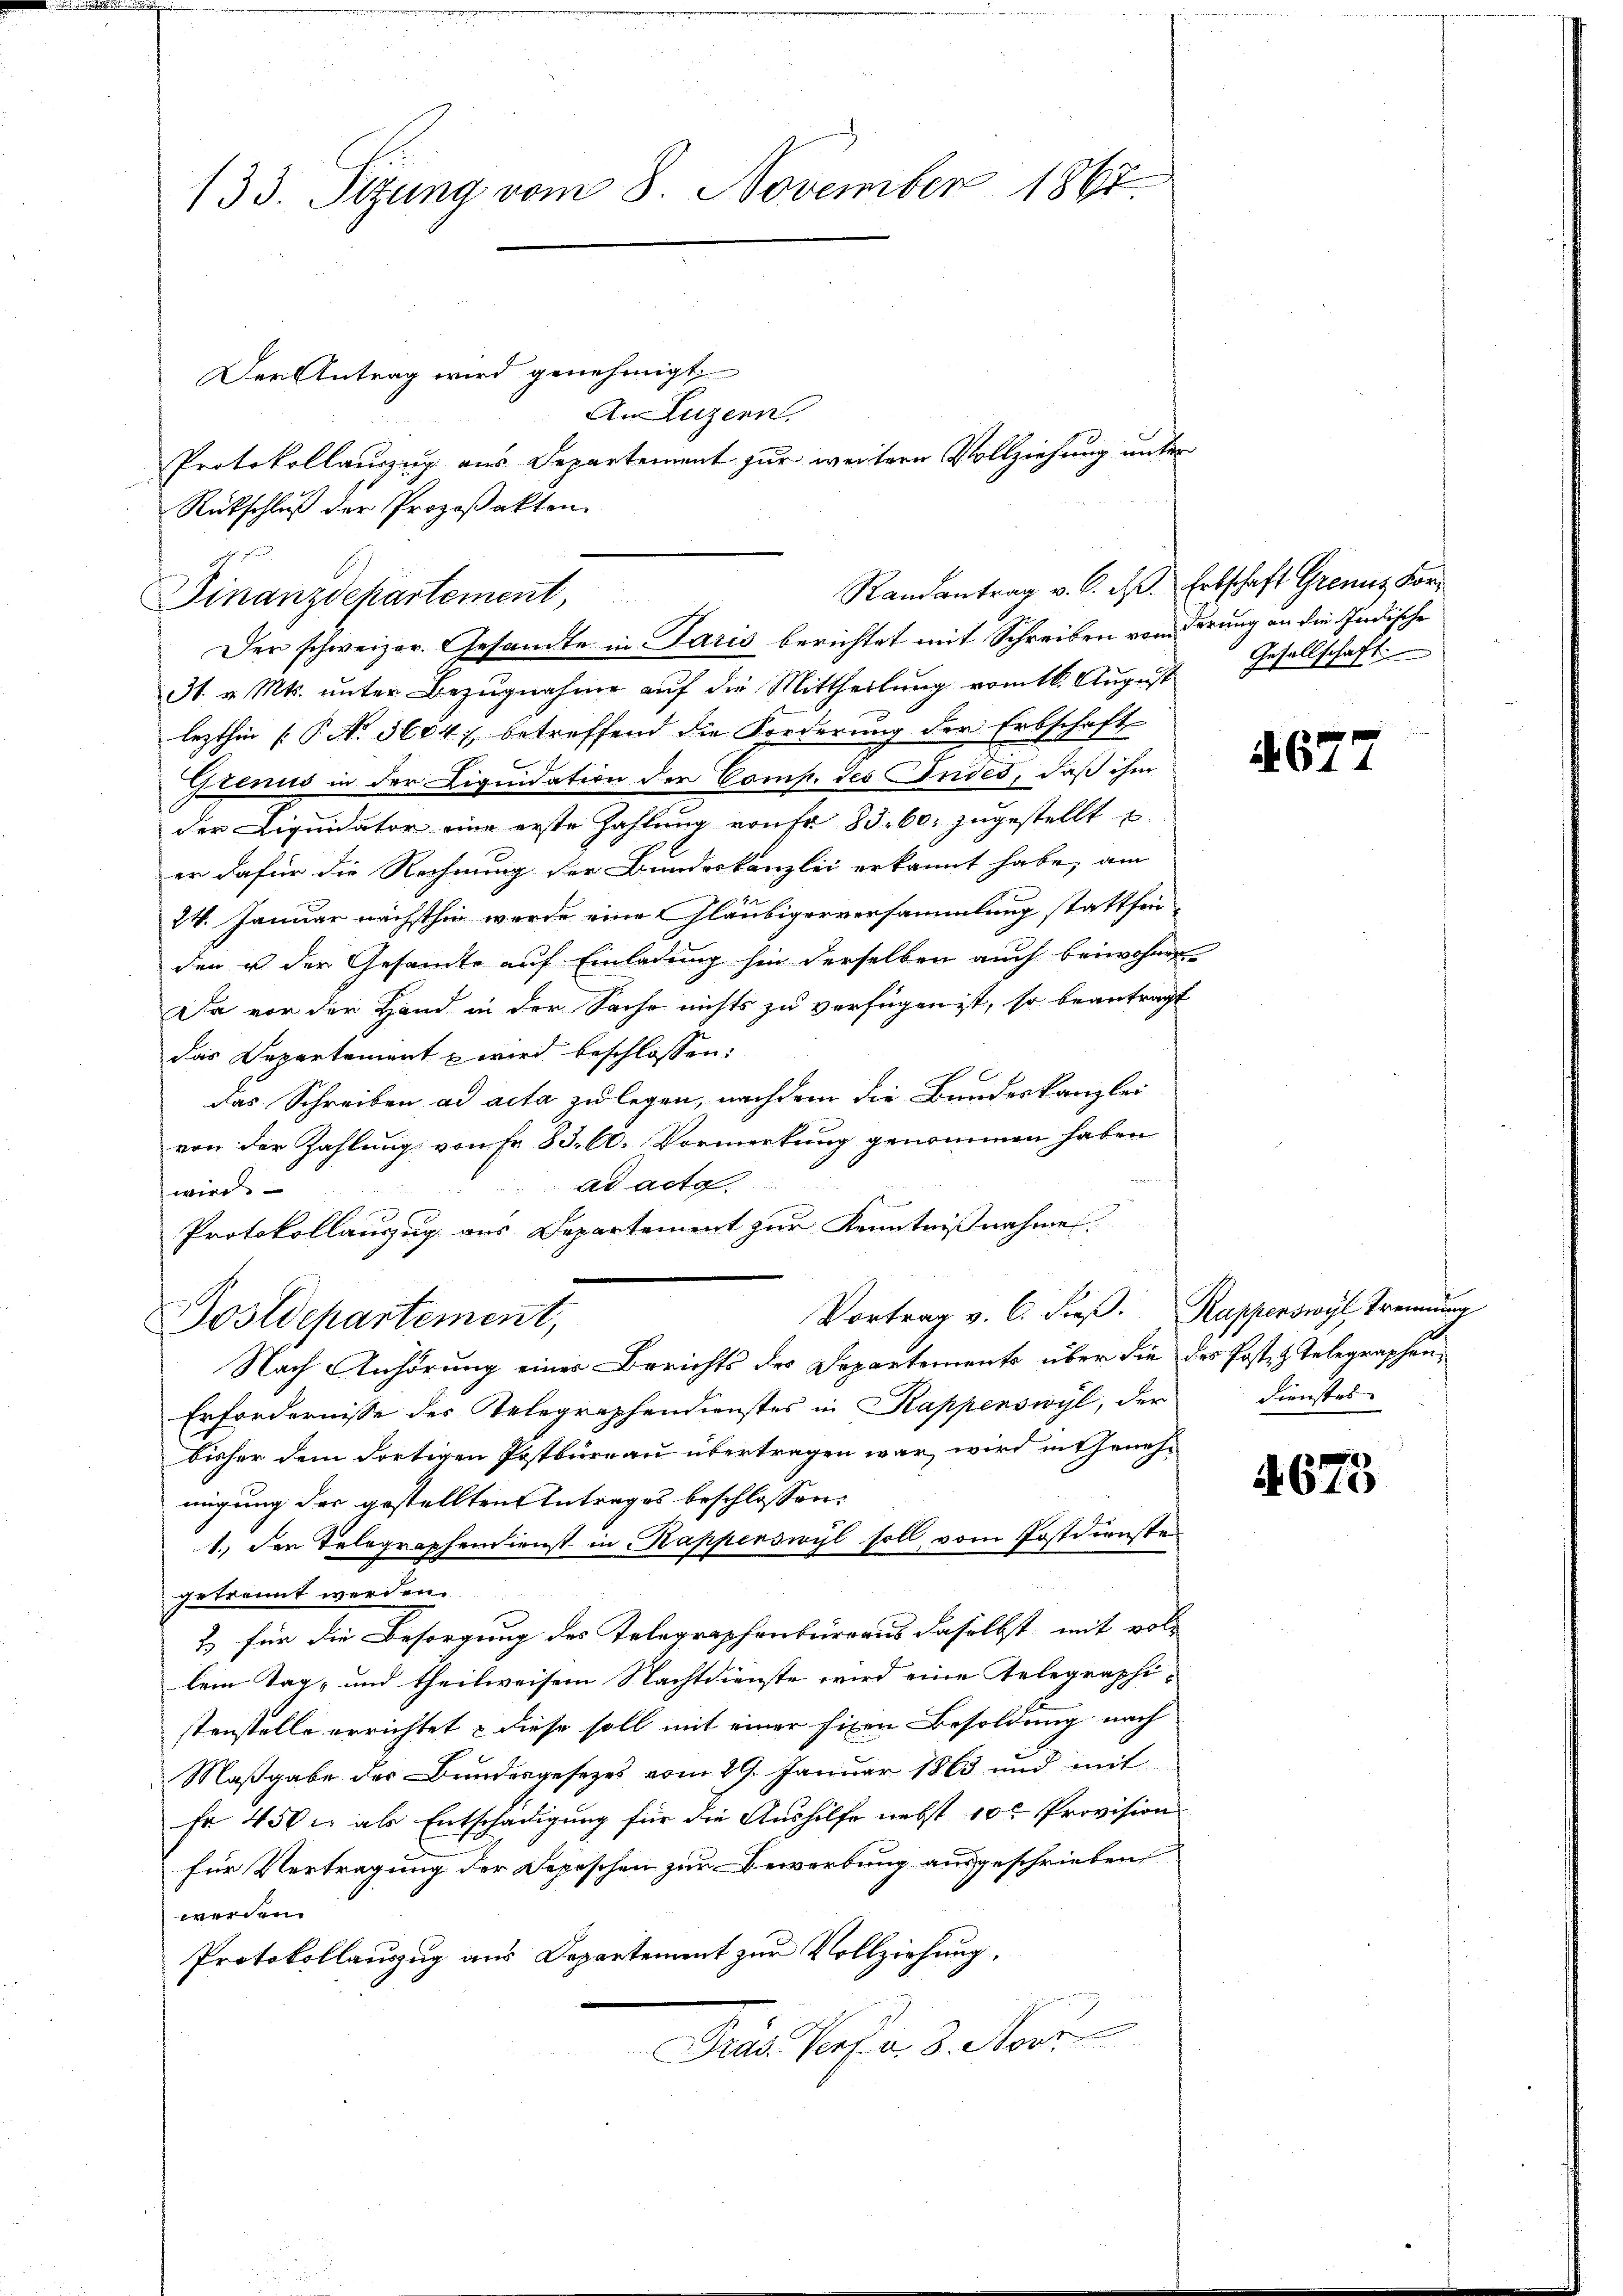
133. Sizung vom 8. November 1867.

Der Antrag wird genehmigt
Rückschluß der Prozeßakten.
31 v. Mts. unter Bezugnahme auf die Mittheilung vom 16. August
lezthin [P No 3604 betreffend die Forderung der Erbschaft
Genus in der Liquidation der Comp. des Indes, daß ihm
der Liquidator eine erste Zahlung von fr. 83. 60. zugestellt u
er dafür die Rechnung der Bundeskanzlei erkannt habe, am
24. Januar nächsthin werde eine Gläubigerversammlung stattfinden u der Gesandte auf Einladung hin derselben auch beiwohnen
Da vor der Hand in der Sache nichts zu verfügen ist, so beantragt
das Departement u wird beschlossen:
das Schreiben ad acta zu legen, nachdem die Bundeskanzlei
von der Zahlung von Fr. 83. 60. Vormerkung genommen haben
mach
ad acta.
wird.
Protokollauszug aus Departement zur Kenntnißnahme.
Vortrag v. C. dieß. Rapperswyl Trennung
Postdepartement,
Nach Anhörung einer Berichts des Departements über die des Post- & Telegraphen,
Erfordernisse des Telegraphendienstes in Kapperswyl, der Dienstes-
bisher dem dortigen Postbüreau übertragen war, wird in Genehmigung des gestellten Antrages beschlossen:
1.) Der Telegraphendienst in Kapperswyl soll vom Postdiensten
 255
getrannt werden.
2) für die Besorgung des Telegraphenburgaus daselbst, mit voll
lem Tag, und theilweisen Nachtdienste wird eine Gelegraphistenstelle errichtet & diese soll mit einer finen Besoldung nach
Maßgabe der Bundesgesezes vom 29. Januar 1863 und mit
Fr 450 l. als Entschädigung für die Aushilfe nebst 10 Provision
für Vertragung der Depeschen zur Bewerbung ausgeschrieben
werden.
Protokollauszug aus Departement zur Vollziehung,
Die Person d. Mor

Randantrag v. C. R. Erbschaft Grenz vor¬
Finanzdepartement,
Der schweizer. Gesandte in Paris berichtet mit Schreiben von derung an die Indische

An Luzern.
Protokollauszug aus Departement zur weitere Vollziehung unter

Gesellschaft

677

673